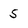
Character: 5